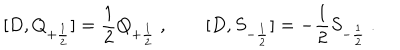
LaTeX: [ D , Q _ { + { \frac { 1 } { 2 } } } ] = { \frac { 1 } { 2 } } Q _ { + { \frac { 1 } { 2 } } } \ , \qquad [ D , S _ { - { \frac { 1 } { 2 } } } ] = - { \frac { 1 } { 2 } } S _ { - { \frac { 1 } { 2 } } } \ .